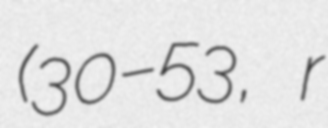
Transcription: (30–53, r